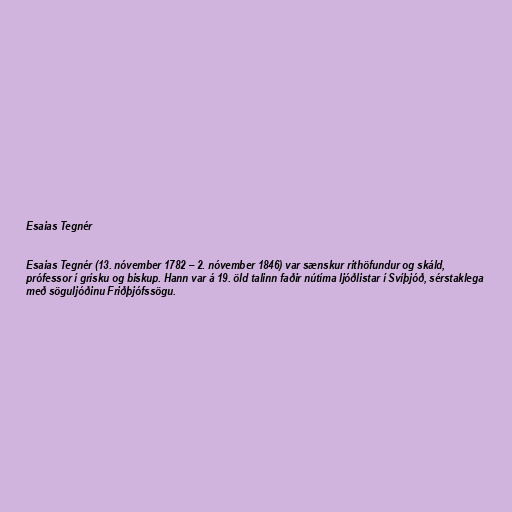
Esaias Tegnér

Esaias Tegnér (13. nóvember 1782 – 2. nóvember 1846) var sænskur rithöfundur og skáld,
prófessor í grísku og biskup. Hann var á 19. öld talinn faðir nútíma ljóðlistar í Svíþjóð, sérstaklega
með söguljóðinu Friðþjófssögu.